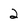
Character: 2